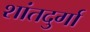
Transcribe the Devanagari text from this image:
शांतदुर्गा